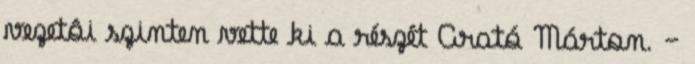
vezetôi szinten vette ki a részét Arató Márton. —